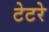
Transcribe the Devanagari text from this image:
टेटरे